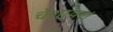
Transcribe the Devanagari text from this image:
चेशायर।